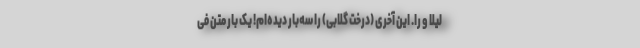
لیلا و را. این آخری (درخت گلابی) را سه‌بار دیده‌ام! یک بار متن فی